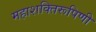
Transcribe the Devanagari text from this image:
महाशक्तिरूपिणी